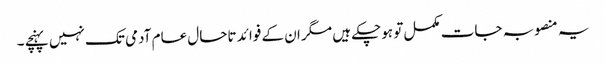
یہ منصوبہ جات مکمل تو ہوچکے ہیں مگر ان کے فوائد تاحال عام آدمی تک نہیں پہنچے ۔